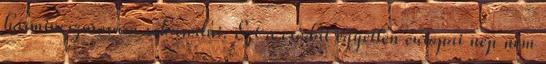
harmincszorosára sokasodni. Ezt a csodát egyetlen európai nép nem